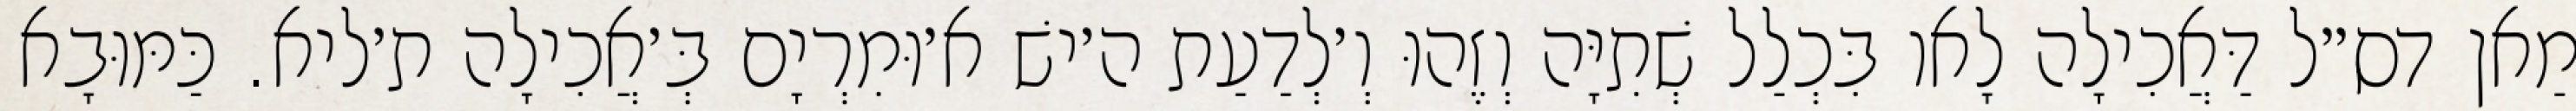
מַאן דס״ל דַּאֲכִילָה לָאו בִּכְלַל שְׁתִיָּה וְזֶהוּ וְ׳לְדַעַת ה׳ישׁ א׳וּמִרְיָם בְּ׳אֲכִילָה ת׳ליא. כַּמּוּבָא